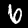
Digit: 6